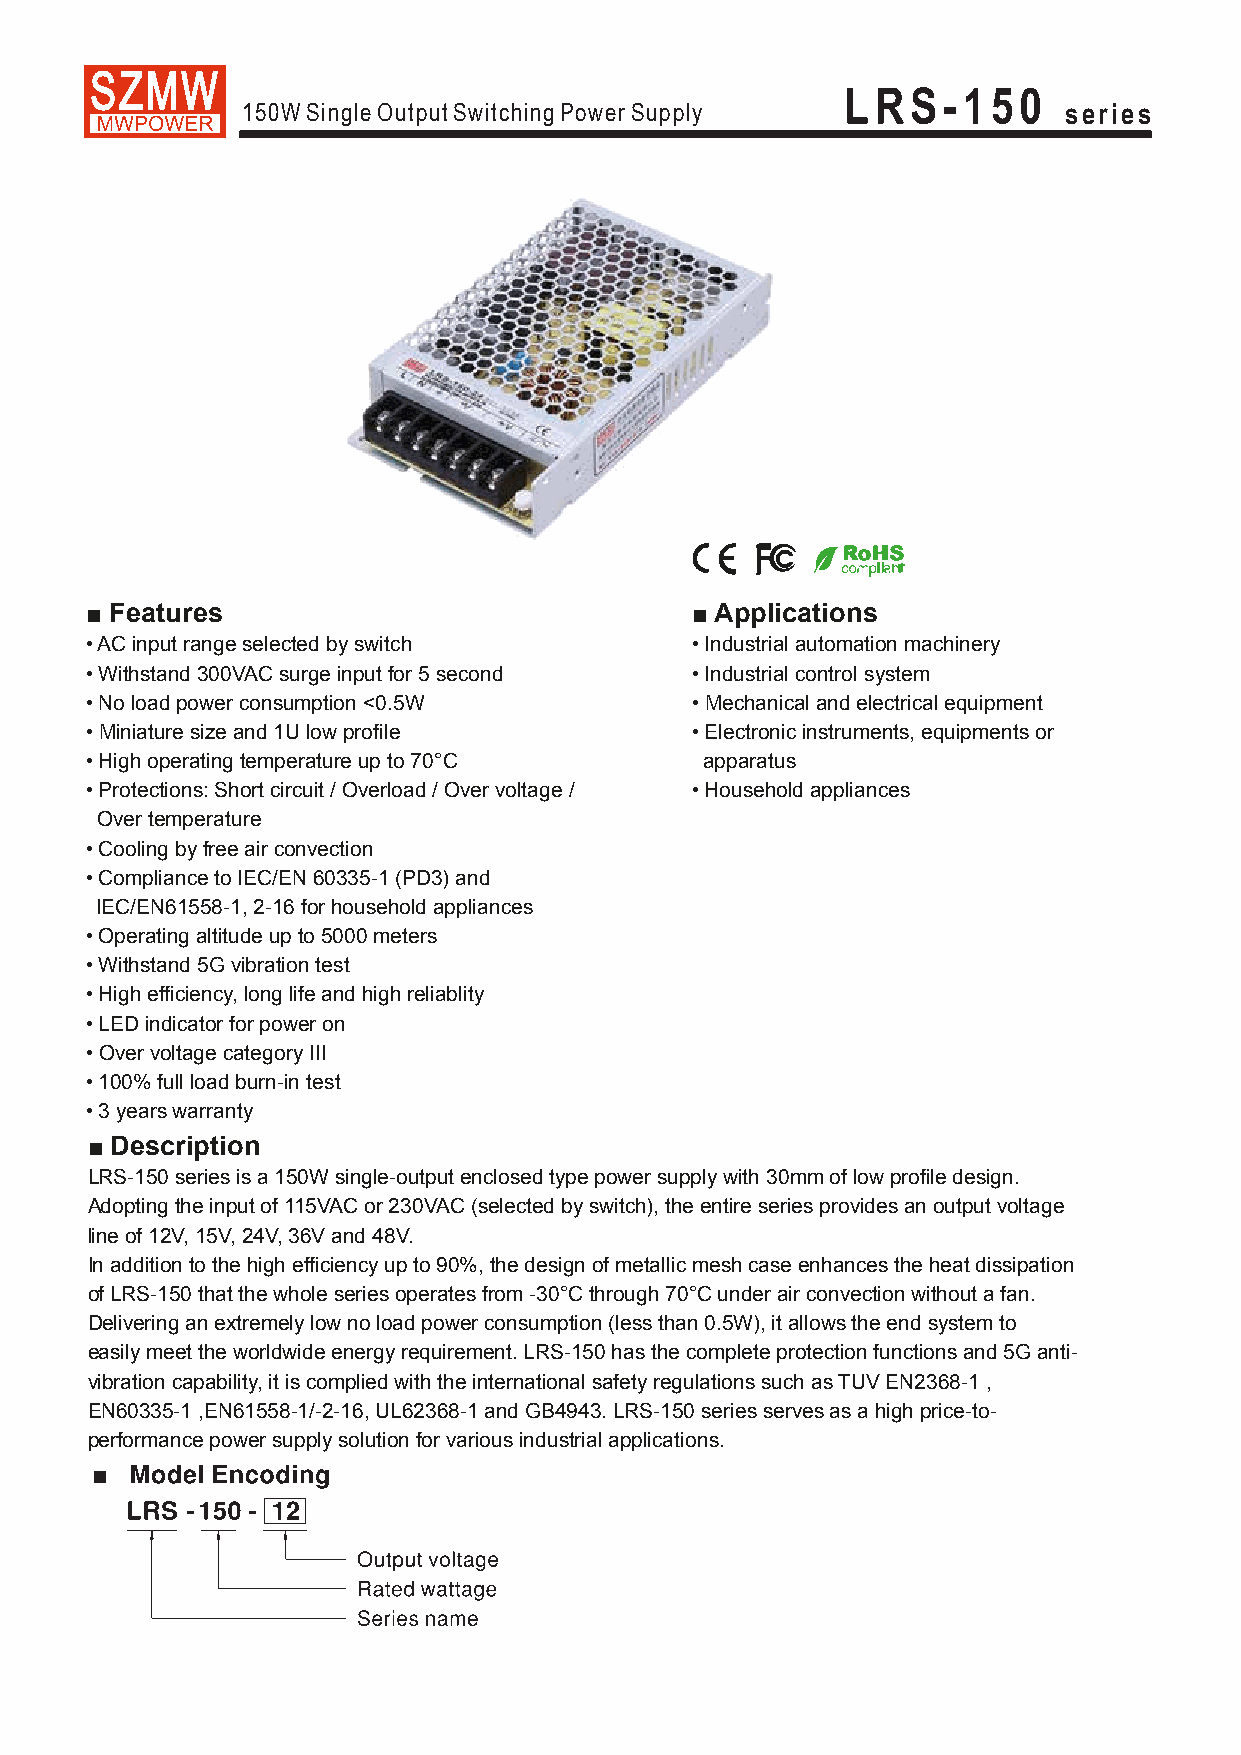
LRS-150
 150W Single Output Switching Power Supply             series
 ■ Features                              ■ Applications
 • AC input range selected by switch     • Industrial automation machinery
 • Withstand 300VAC surge input for 5 second • Industrial control system
 • No load power consumption <0.5W       • Mechanical and electrical equipment
 • Miniature size and 1U low profile     • Electronic instruments, equipments or
 • High operating temperature up to 70°C  apparatus
 • Protections: Short circuit / Overload / Over voltage / • Household appliances
 Over temperature
 • Cooling by free air convection
 • Compliance to IEC/EN 60335-1 (PD3) and
 lEC/EN61558-1, 2-16 for household appliances
 • Operating altitude up to 5000 meters
 • Withstand 5G vibration test
 • High efficiency, long life and high reliablity
 • LED indicator for power on
 • Over voltage category III
 • 100% full load burn-in test
 • 3 years warranty
 ■ Description
 LRS-150 series is a 150W single-output enclosed type power supply with 30mm of low profile design.
 Adopting the input of 115VAC or 230VAC (selected by switch), the entire series provides an output voltage
 line of 12V, 15V, 24V, 36V and 48V.
 In addition to the high efficiency up to 90%, the design of metallic mesh case enhances the heat dissipation
 of LRS-150 that the whole series operates from -30°C through 70°C under air convection without a fan.
 Delivering an extremely low no load power consumption (less than 0.5W), it allows the end system to
 easily meet the worldwide energy requirement. LRS-150 has the complete protection functions and 5G anti-
 vibration capability, it is complied with the international safety regulations such as TUV EN2368-1 ,
 EN60335-1 ,EN61558-1/-2-16, UL62368-1 and GB4943. LRS-150 series serves as a high price-to-
 performance power supply solution for various industrial applications.
 ■